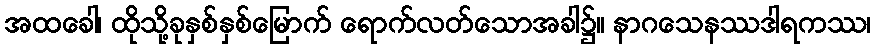
အထခေါ၊ ထိုသို့ခုနှစ်နှစ်မြောက် ရောက်လတ်သောအခါ၌။ နာဂသေနဿဒါရကဿ၊